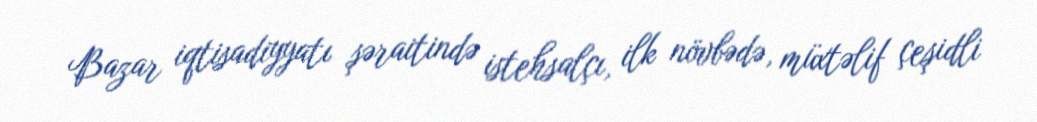
Bazar iqtisadiyyatı şəraitində istehsalçı, ilk növbədə, müxtəlif çeşidli